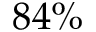
8 4 \%